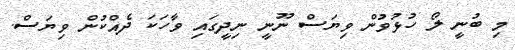
މި ބުނީ ލޯ ހުޅުވުން ވިޔަސް ނޫނީ ނިދީގައި ވާހަކަ ދެއްކުން ވިޔަސް.